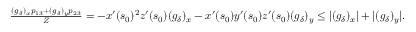
\begin{array} { r } { \frac { ( g _ { \delta } ) _ { x } p _ { 1 3 } + ( g _ { \delta } ) _ { y } p _ { 2 3 } } { Z } = - x ^ { \prime } ( s _ { 0 } ) ^ { 2 } z ^ { \prime } ( s _ { 0 } ) ( g _ { \delta } ) _ { x } - x ^ { \prime } ( s _ { 0 } ) y ^ { \prime } ( s _ { 0 } ) z ^ { \prime } ( s _ { 0 } ) ( g _ { \delta } ) _ { y } \leq | ( g _ { \delta } ) _ { x } | + | ( g _ { \delta } ) _ { y } | . } \end{array}